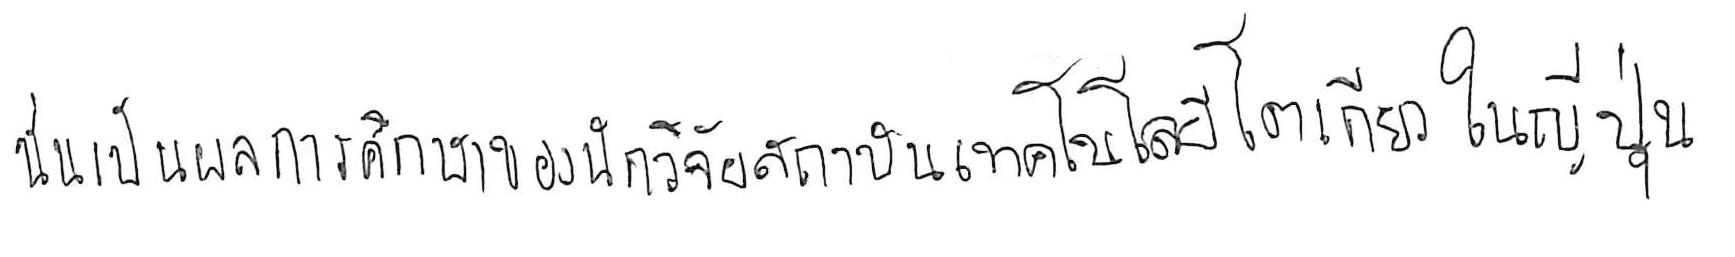
นั่นเป็นผลการศึกษาของนักวิจัยสถาบันเทคโนโลยีโตเกียว ในญี่ปุ่น